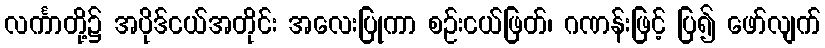
လင်္ကာတို့၌ အပိုဒ်ငယ်အတိုင်း အလေးပြုကာ စဉ်းငယ်ဖြတ်၊ ဂဏန်းဖြင့် ပြ၍ ဖော်လျက်